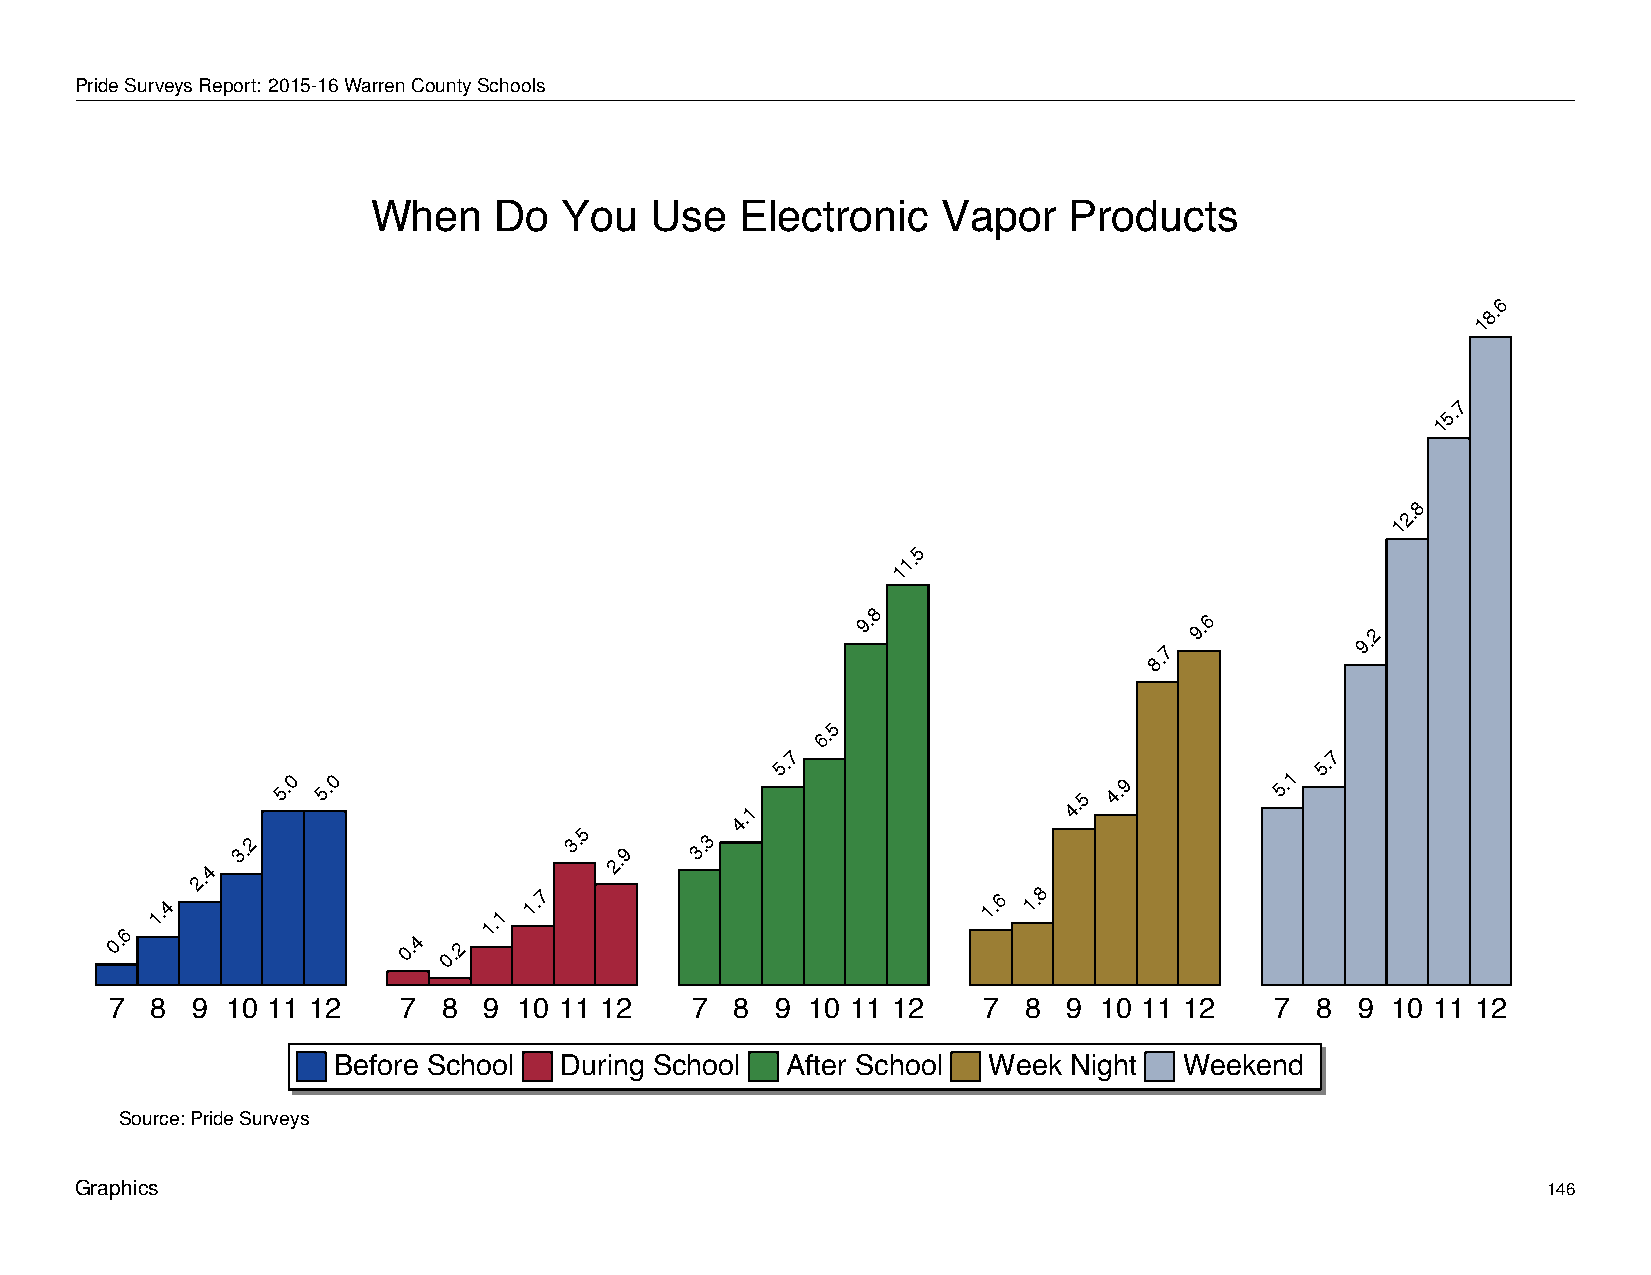
When         Do     You       Use      Electronic            Vapor        Products
 PrideSurveysReport: 2015-16WarrenCountySchools
 When    Do  You   Use   Electronic   Vapor    Products
 6
 8.
 1
 7
 5.
 1
 8
 2.
 1
 5
 1.
 1
 8
 9.
 8.7
 9.6
 9.2
 5
 6.
 7                                   7
 5.                                  5.
 5.0 5.0
 4.1
 4.5
 4.9        5.1
 2.4
 3.2
 3.5
 2.9
 3.3
 0.6
 1.4
 0.4
 0.2
 1.1
 1.7                           1.6 1.8
 7  8  9 10 11 12   7  8  9 10 11 12    7  8 9 10 11 12    7  8  9 10 11 12   7  8  9 10 11 12
 Before School  During School  After School Week  Night  Weekend
 Source: Pride Surveys
 Graphics                                                                                         146